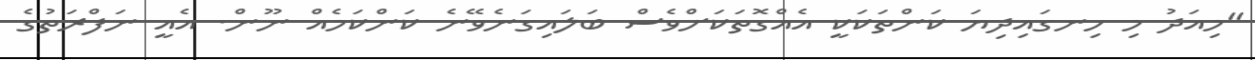
"މިއަދު މި ހިނގައިދިޔަ ކަންތަކަކީ އެއްގޮތަކަށްވެސް ބަލައިގަނެވޭނެ ކަންކަމެއް ނޫން. އެއީ ނަފްރަތުގެ